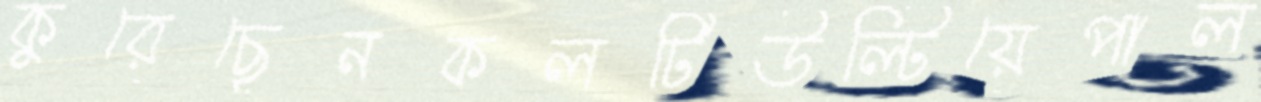
কুরেছেনকলটিউল্টিয়েপাল